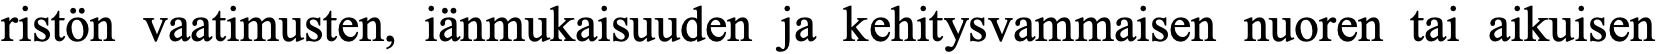
ristön vaatimusten, iänmukaisuuden ja kehitysvammaisen nuoren tai aikuisen